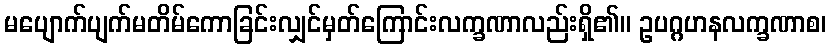
မပျောက်ပျက်မတိမ်ကောခြင်းလျှင်မှတ်ကြောင်းလက္ခဏာလည်းရှိ၏။ ဥပဂ္ဂဟနလက္ခဏာစ၊